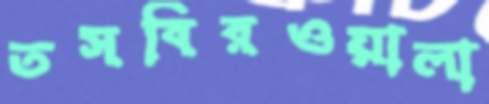
তসবিরওয়ালা